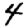
Digit: 4